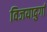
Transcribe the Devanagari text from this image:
विजयादुर्गा